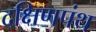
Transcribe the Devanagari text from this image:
दक्षिणपंथ